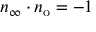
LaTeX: n _ { \infty } \cdot n _ { \mathrm { o } } = - 1